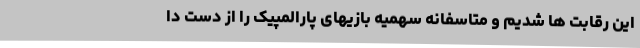
این رقابت ها شدیم و متاسفانه سهمیه بازیهای پارالمپیک را از دست دا